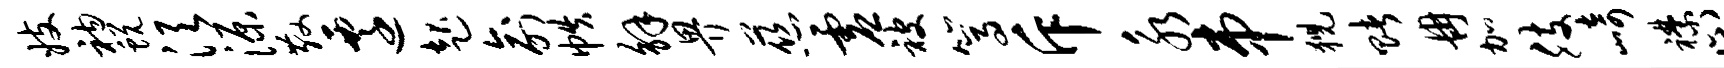
妓衲蜕须源散迁起俞帙解畀慈虚被篙斥永串猊赌冉加肢崎襟止